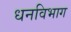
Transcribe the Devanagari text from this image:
धनविभाग